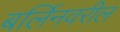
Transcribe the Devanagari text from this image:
बर्लिनवरील